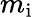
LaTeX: m_{\mathrm{i}}